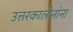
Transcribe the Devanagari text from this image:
उत्तरकालीनांना